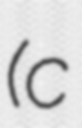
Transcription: (c